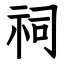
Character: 祠